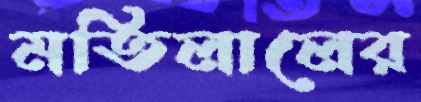
মতিলালের